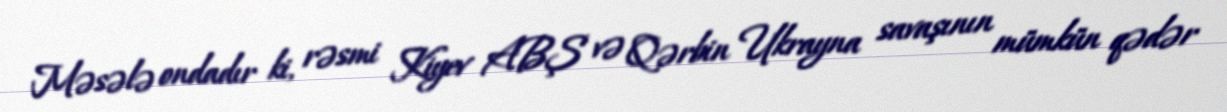
Məsələ ondadır ki, rəsmi Kiyev ABŞ və Qərbin Ukrayna savaşının mümkün qədər